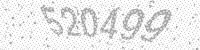
Solution: 520499